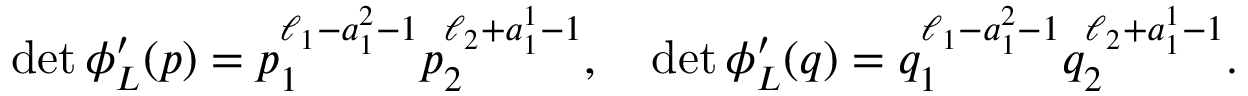
\begin{array} { r } { \operatorname* { d e t } \phi _ { L } ^ { \prime } ( p ) = p _ { 1 } ^ { \ell _ { 1 } - a _ { 1 } ^ { 2 } - 1 } p _ { 2 } ^ { \ell _ { 2 } + a _ { 1 } ^ { 1 } - 1 } , \quad \operatorname* { d e t } \phi _ { L } ^ { \prime } ( q ) = q _ { 1 } ^ { \ell _ { 1 } - a _ { 1 } ^ { 2 } - 1 } q _ { 2 } ^ { \ell _ { 2 } + a _ { 1 } ^ { 1 } - 1 } . } \end{array}